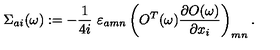
\Sigma _ { a i } ( \omega ) : = - \frac { 1 } { 4 i } \ \varepsilon _ { a m n } \left( O ^ { T } ( \omega ) \frac { \partial O ( \omega ) } { \partial x _ { i } } \right) _ { m n } .